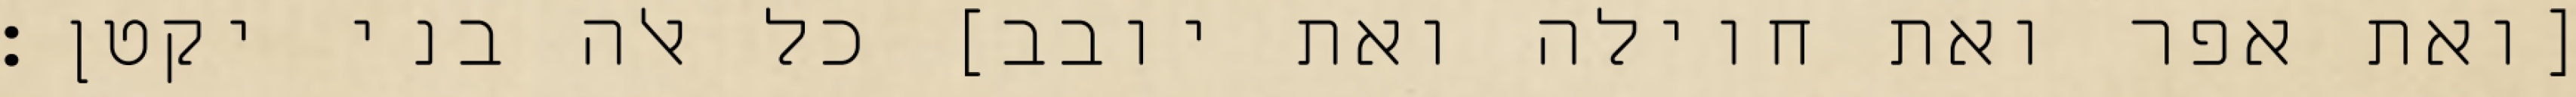
[ואת אפר ואת חוילה ואת יובב] כל אלה בני יקטן׃